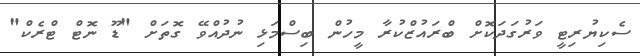
ސެކިޔުރިޓީ ވަރުގަދަކޮށް ބްރައުޒްކުރާ މީހުން ބިސްމަޅި ނުދުއްވޭ ގޮތަށް "ޑޫ ނޮޓް ޓްރެކް"